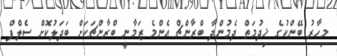
މިހާރު ބޭންކުގެ ޚިދުމަތް ދެމުންދާ ބްރާންޗް އެންމެ ޒަމާނީ ބްރާންޗަކަށް ބަދަލުކޮށް ސެލްފް